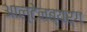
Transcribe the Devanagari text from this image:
आल्टेनब्यर्ग